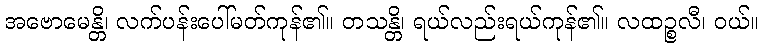
အဗောမေန္တိ၊ လက်ပန်းပေါ်မတ်ကုန်၏။ တသန္တိ၊ ရယ်လည်းရယ်ကုန်၏။ လထဉ္စလီ၊ ဝယ်။